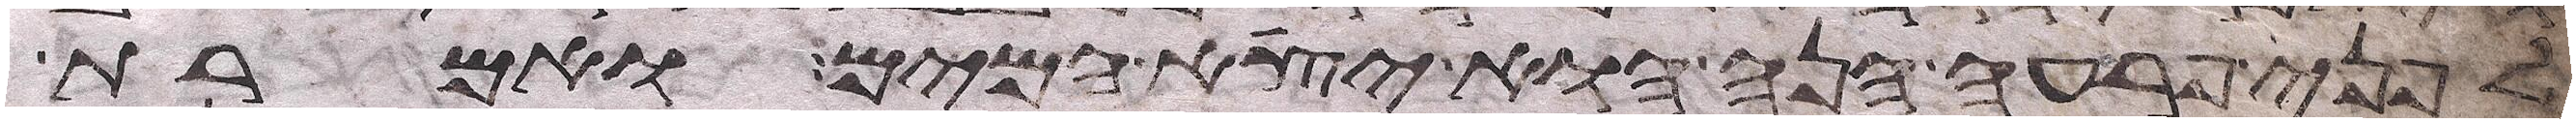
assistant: לפני פרעה הנה הוא יצא המים ואמרת